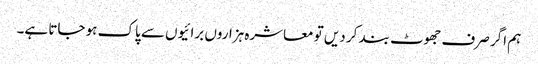
ہم اگر صرف جھوٹ بند کر دیں تو معاشرہ ہزاروں برائیوں سے پاک ہو جاتا ہے۔